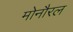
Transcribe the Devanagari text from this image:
मोनौरल